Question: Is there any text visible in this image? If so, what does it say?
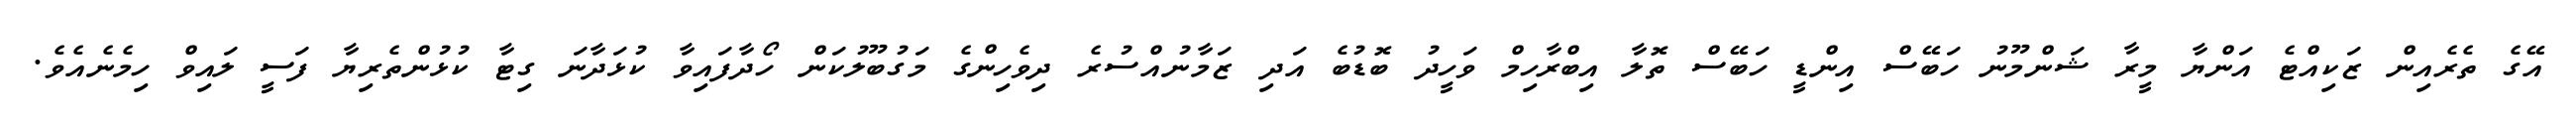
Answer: އޭގެ ތެރެއިން ޒަކިއްޓެ އަންޔާ މީރާ ޝަންމޫނު ހަބޭސް އިންޑީ ހަބޭސް ތޮލާ އިބްރާހިމް ވަހީދު ބޮޑުބެ އަދި ޒަމާނުއްސުރެ ދިވެހިންގެ މަގުބޫލުކަން ހޯދާފައިވާ ކުޅަދާނަ ގިޓާ ކުޅުންތެރިޔާ ފަސީ ލައިވް ހިމެނެއެވެ.